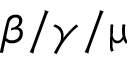
\beta / \gamma / \upmu